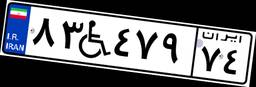
۸۳W۴۷۹۷۴